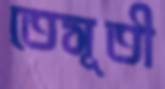
তেসূতী